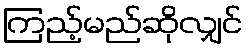
ကြည့်မည်ဆိုလျှင်